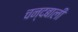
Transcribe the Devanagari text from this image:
चन्दबाली